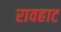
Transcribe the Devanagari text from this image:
रावहाट